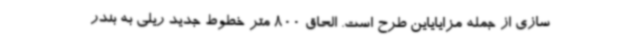
سازی از جمله مزایایاین طرح است. الحاق 800 متر خطوط جدید ریلی به بندر